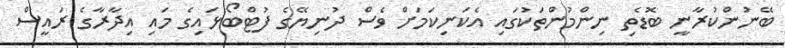
ބޭނުންކުރާނީ ބޮޑެތި ނިންމުންތަކުގައި އެކަނިކަަމަށް ވެސް ދުނިޔޭގެ ފުޓްބޯޅައިގެ މައި އިދާރާގެ ރައީސް